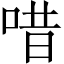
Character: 唶